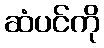
ဆံပင်ကို